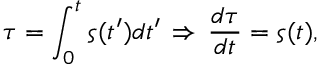
\tau = \int _ { 0 } ^ { t } \varsigma ( t ^ { \prime } ) d t ^ { \prime } \, \Rightarrow \, \frac { d \tau } { d t } = \varsigma ( t ) ,